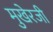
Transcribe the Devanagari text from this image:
मुखेरजी